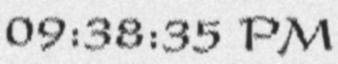
09:38:35 PM